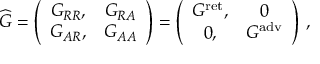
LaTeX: { \widehat G } = \left( \begin{array} { c c } { { G _ { R R } , } } & { { G _ { R A } } } \\ { { G _ { A R } , } } & { { G _ { A A } } } \end{array} \right) = \left( \begin{array} { c c } { { G ^ { \mathrm { r e t } } , } } & { { 0 } } \\ { { 0 , } } & { { G ^ { \mathrm { a d v } } } } \end{array} \right) \, ,